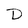
Character: D